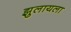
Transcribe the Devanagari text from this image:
झुलायला